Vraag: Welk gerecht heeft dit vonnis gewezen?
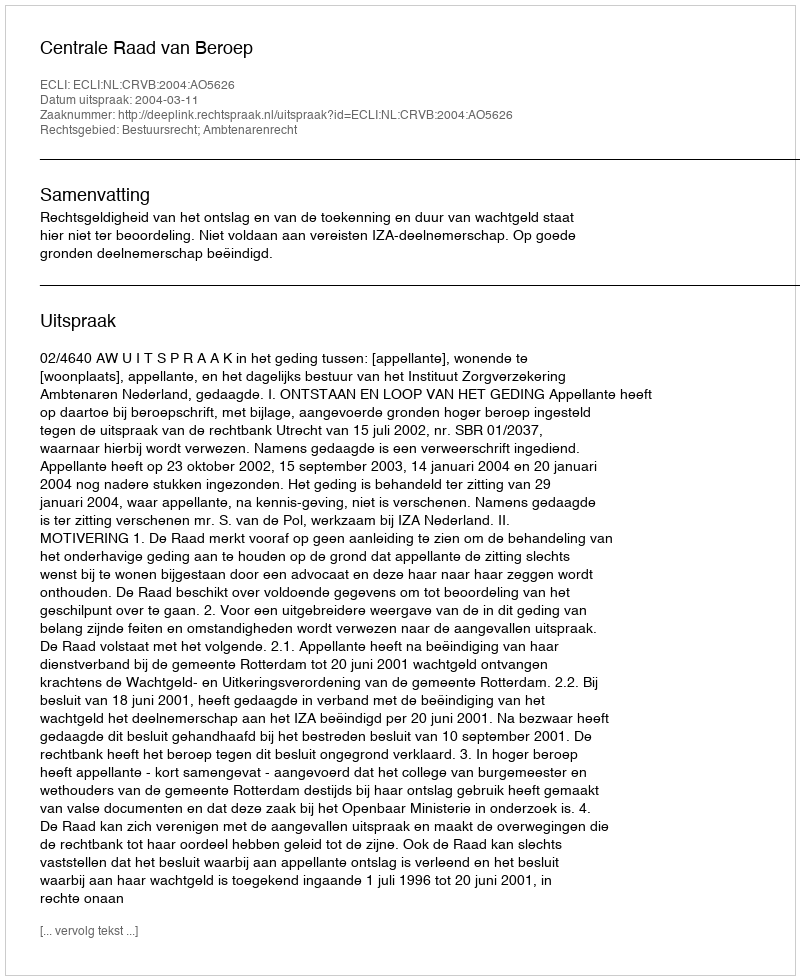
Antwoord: Centrale Raad van Beroep